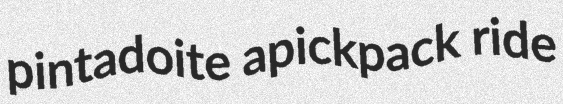
pintadoite apickpack ride